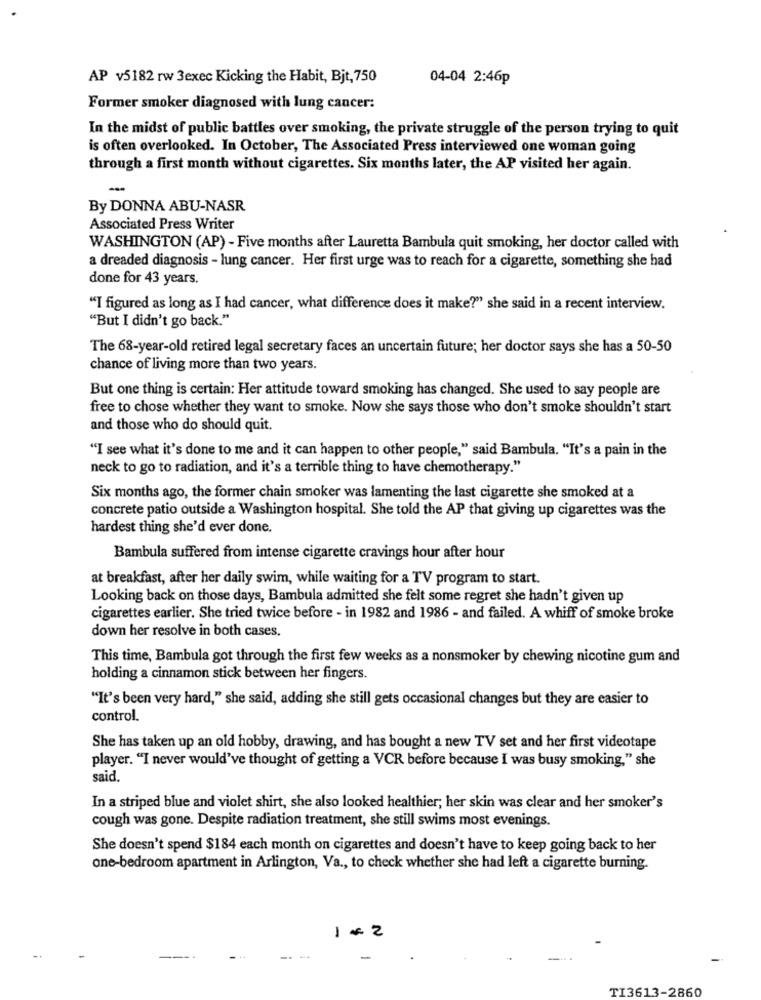
AP v5182 rw 3exec Kicking the Habit, Bjt, 750
04-04 2:46p
Former smoker diagnosed with lung cancer:
In the midst of public battles over smoking, the private struggle of the person trying to quit
is often overlooked. In October, The Associated Press interviewed one woman going
through a first month without cigarettes. Six months later, the AP visited her again.
By DONNA ABU-NASR
Associated Press Writer
WASHINGTON (AP) - Five months after Lauretta Bambula quit smoking, her doctor called with
a dreaded diagnosis - lung cancer. Her first urge was to reach for a cigarette, something she had
done for 43 years.
"I figured as long as I had cancer, what difference does it make?" she said in a recent interview.
"But I didn't go back."
The 68-year-old retired legal secretary faces an uncertain future; her doctor says she has a 50-50
chance of living more than two years.
But one thing is certain: Her attitude toward smoking has changed. She used to say people are
free to chose whether they want to smoke. Now she says those who don't smoke shouldn't start
and those who do should quit.
"I see what it's done to me and it can happen to other people," said Bambula. "It's a pain in the
neck to go to radiation, and it's a terrible thing to have chemotherapy."
Six months ago, the former chain smoker was lamenting the last cigarette she smoked at a
concrete patio outside a Washington hospital. She told the AP that giving up cigarettes was the
hardest thing she'd ever done.
Bambula suffered from intense cigarette cravings hour after hour
at breakfast, after her daily swim, while waiting for a TV program to start.
Looking back on those days, Bambula admitted she felt some regret she hadn't given up
cigarettes earlier. She tried twice before - in 1982 and 1986 - and failed. A whiff of smoke broke
down her resolve in both cases,
This time, Bambula got through the first few weeks as a nonsmoker by chewing nicotine gum and
holding a cinnamon stick between her fingers.
"It's been very hard," she said, adding she still gets occasional changes but they are easier to
control.
She has taken up an old hobby, drawing, and has bought a new TV set and her first videotape
player. "I never would've thought of getting a VCR before because I was busy smoking," she
said.
In a striped blue and violet shirt, she also looked healthier; her skin was clear and her smoker's
cough was gone. Despite radiation treatment, she still swims most evenings.
She doesn't spend $184 each month on cigarettes and doesn't have to keep going back to her
one-bedroom apartment in Arlington, Va ., to check whether she had left a cigarette burning.
1-2
TI3613-2860